Annual report of the Punjab Veterinary College and of the Civil Veterinary Department, Punjab - 1920-1925
Year: 1920
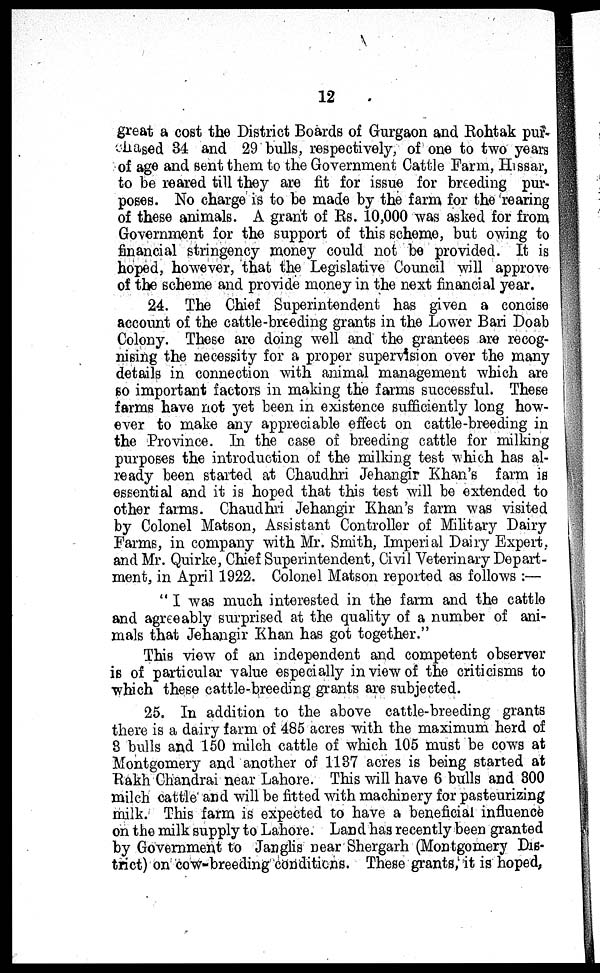
12
great a cost the District Boards of Gurgaon and Rohtak pur-
chased 34 and 29 bulls, respectively, of one to two years
of age and sent them to the Government Cattle Farm, Hissar,
to be reared till they are fit for issue for breeding pur-
poses. No charge is to be made by the farm for the rearing
of these animals. A grant of Rs. 10,000 was asked for from
Government for the support of this scheme, but owing to
financial stringency money could not be provided. It is
hoped, however, that the Legislative Council will approve
of the scheme and provide money in the next financial year.
24. The Chief Superintendent has given a concise
account of the cattle-breeding grants in the Lower Bari Doab
Colony. These are doing well and the grantees are recog-
nising the necessity for a proper supervision over the many
details in connection with animal management which are
so important factors in making the farms successful. These
farms have not yet been in existence sufficiently long how-
ever to make any appreciable effect on cattle-breeding in
the Province. In the case of breeding cattle for milking
purposes the introduction of the milking test which has al-
ready been started at Chaudhri Jehangir Khan's farm is
essential and it is hoped that this test will be extended to
other farms. Chaudhri Jehangir Khan's farm was visited
by Colonel Matson, Assistant Controller of Military Dairy
Farms, in company with Mr. Smith, Imperial Dairy Expert,
and Mr. Quirke, Chief Superintendent, Civil Veterinary Depart-
ment, in April 1922. Colonel Matson reported as follows:—
"I was much interested in the farm and the cattle
and agreeably surprised at the quality of a number of ani-
mals that Jehangir Khan has got together."
This view of an independent and competent observer
is of particular value especially in view of the criticisms to
which these cattle-breeding grants are subjected.
25. In addition to the above cattle-breeding grants
there is a dairy farm of 485 acres with the maximum herd of
8 bulls and 150 milch cattle of which 105 must be cows at
Montgomery and another of 1137 acres is being started at
Rakh Chandrai near Lahore. This will have 6 bulls and 300
milch cattle and will be fitted with machinery for pasteurizing
milk. This farm is expected to have a beneficial influence
on the milk supply to Lahore. Land has recently been granted
by Government to Janglis near Shergarh (Montgomery Dis-
trict) on cow-breeding conditions. These grants, it is hoped,